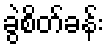
ခွဲစိတ်ခန်း